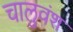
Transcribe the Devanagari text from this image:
चालुवंश